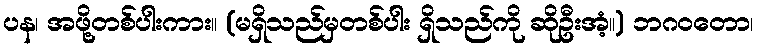
ပန၊ အဖို့တစ်ပါးကား။ (မရှိသည်မှတစ်ပါး ရှိသည်ကို ဆိုဦးအံ့။) ဘဂဝတော၊